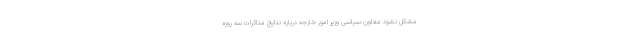
مشکل نشود معاون سیاسی وزیر امور خارجه درباره نتایج مذاکرات سه روزه